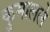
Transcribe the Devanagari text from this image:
कुमालले